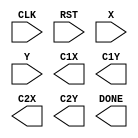
module LASER (
input CLK,
input RST,
input [3:0] X,
input [3:0] Y,
output reg [3:0] C1X,
output reg [3:0] C1Y,
output reg [3:0] C2X,
output reg [3:0] C2Y,
output reg DONE);



endmodule